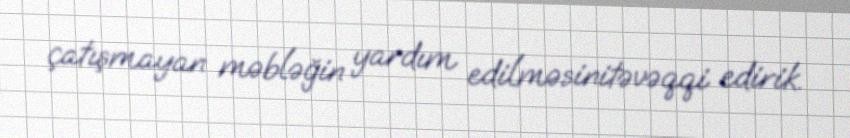
çatışmayan məbləğin yardım edilməsinitəvəqqi edirik.